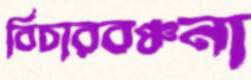
বিচারবঞ্চনা